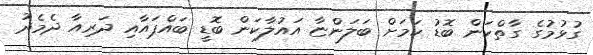
ގުޅުމުގެ ގާތްކަން ބޮޑު ކަމަށް ބަލަންޏާ އައުލާކަން ބޮޑީ ބައްޕައާއި ދަރިއާ ދެމެދު